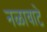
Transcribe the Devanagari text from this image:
नळावाटे